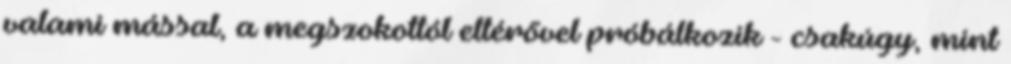
valami mással, a megszokottól eltérővel próbálkozik - csakúgy, mint